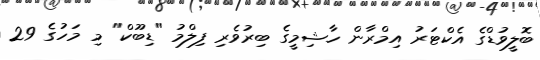
ބޮލީވުޑްގެ އެކްޓަރު އިމްރާން ހާޝިމީގެ ބިރުވެރި ފިލްމު "ޑިބޫކް" މި މަހުގެ 29